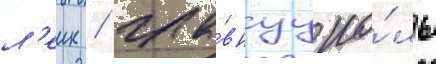
л'еик / гла́внуу ро́ль